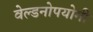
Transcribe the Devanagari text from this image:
वेल्डनोपयोगी